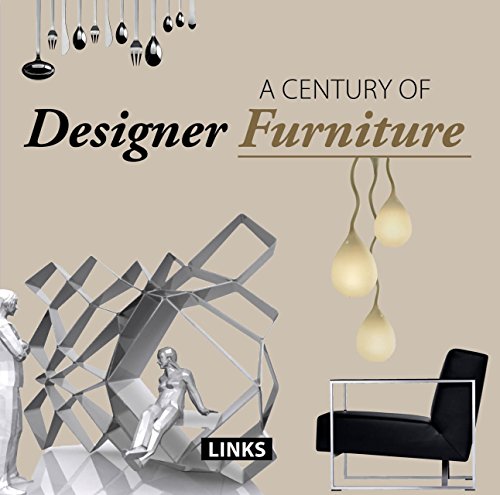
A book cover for One Century of Design Furniture; Carles Broto; Crafts, Hobbies & Home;